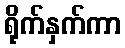
ရိုက်နှက်ကာ